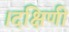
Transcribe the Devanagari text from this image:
।दक्षिणी